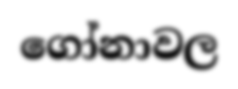
ගෝනාවල